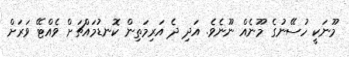
މޫނަކީ ހުސޭނުގެ މޫނެއް ނޫނެވެ. އަދި ދެ އަރިމަތިން ކޮނޑުމައްޗަށް ވެއްޓޭ ވަރަށް